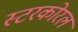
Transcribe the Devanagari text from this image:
स्टरकोरल